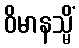
ဝိမာနသ္မိံ